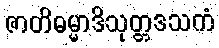
ဇာတိဓမ္မာဒိသုတ္တဒသကံ